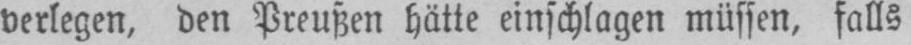
verlegen, den Preußen hätte einschlagen müssen, falls